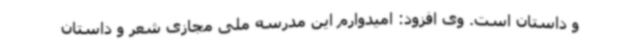
و داستان است. وی افزود: امیدوارم این مدرسه ملی مجازی شعر و داستان